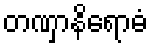
တဏှာနိရောဓံ